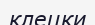
клецки